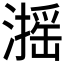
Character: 𱩋